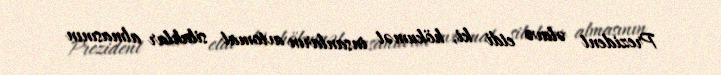
Prezident əlavə etdi ki, hökumət insanların avtomat silahlar almasının